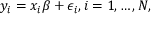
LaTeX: y _ { i } = x _ { i } \beta + \epsilon _ { i } , i = 1 , \ldots , N ,